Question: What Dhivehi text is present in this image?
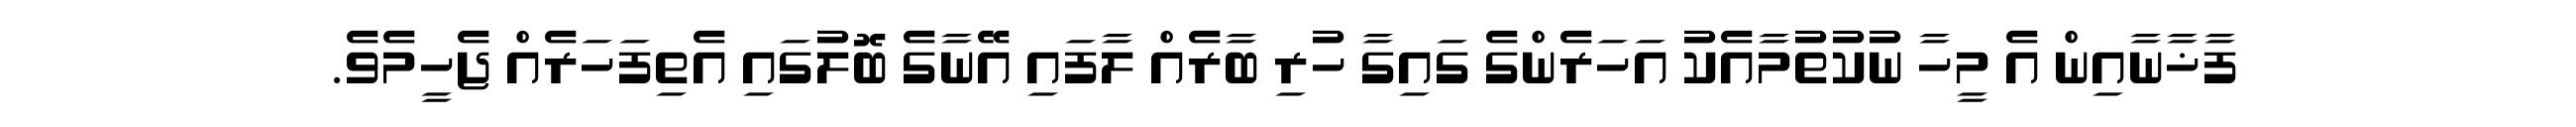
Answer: ފާޚާނާއިން އެ މީހާ ނުކުތުމާއެކު އަހަރެންގެ ގައިގާ ހުރި ބާރެއް ލާފައި އޭނާގެ ބޮލުގައި އެތިފަހަރެއް ޖެހީމެވެ.